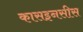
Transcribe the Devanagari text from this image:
कासइनसीस